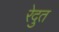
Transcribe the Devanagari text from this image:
रेदुत